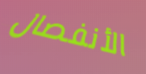
الأنفصال